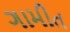
ગામીત